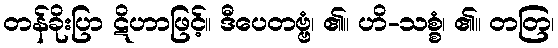
တန်ခိုးပြာ ဋိဟာဖြင့်။ ဒီပေတဗ္ဗံ၊ ၏။ ဟိ-သစ္စံ၊ ၏။ တတြ၊